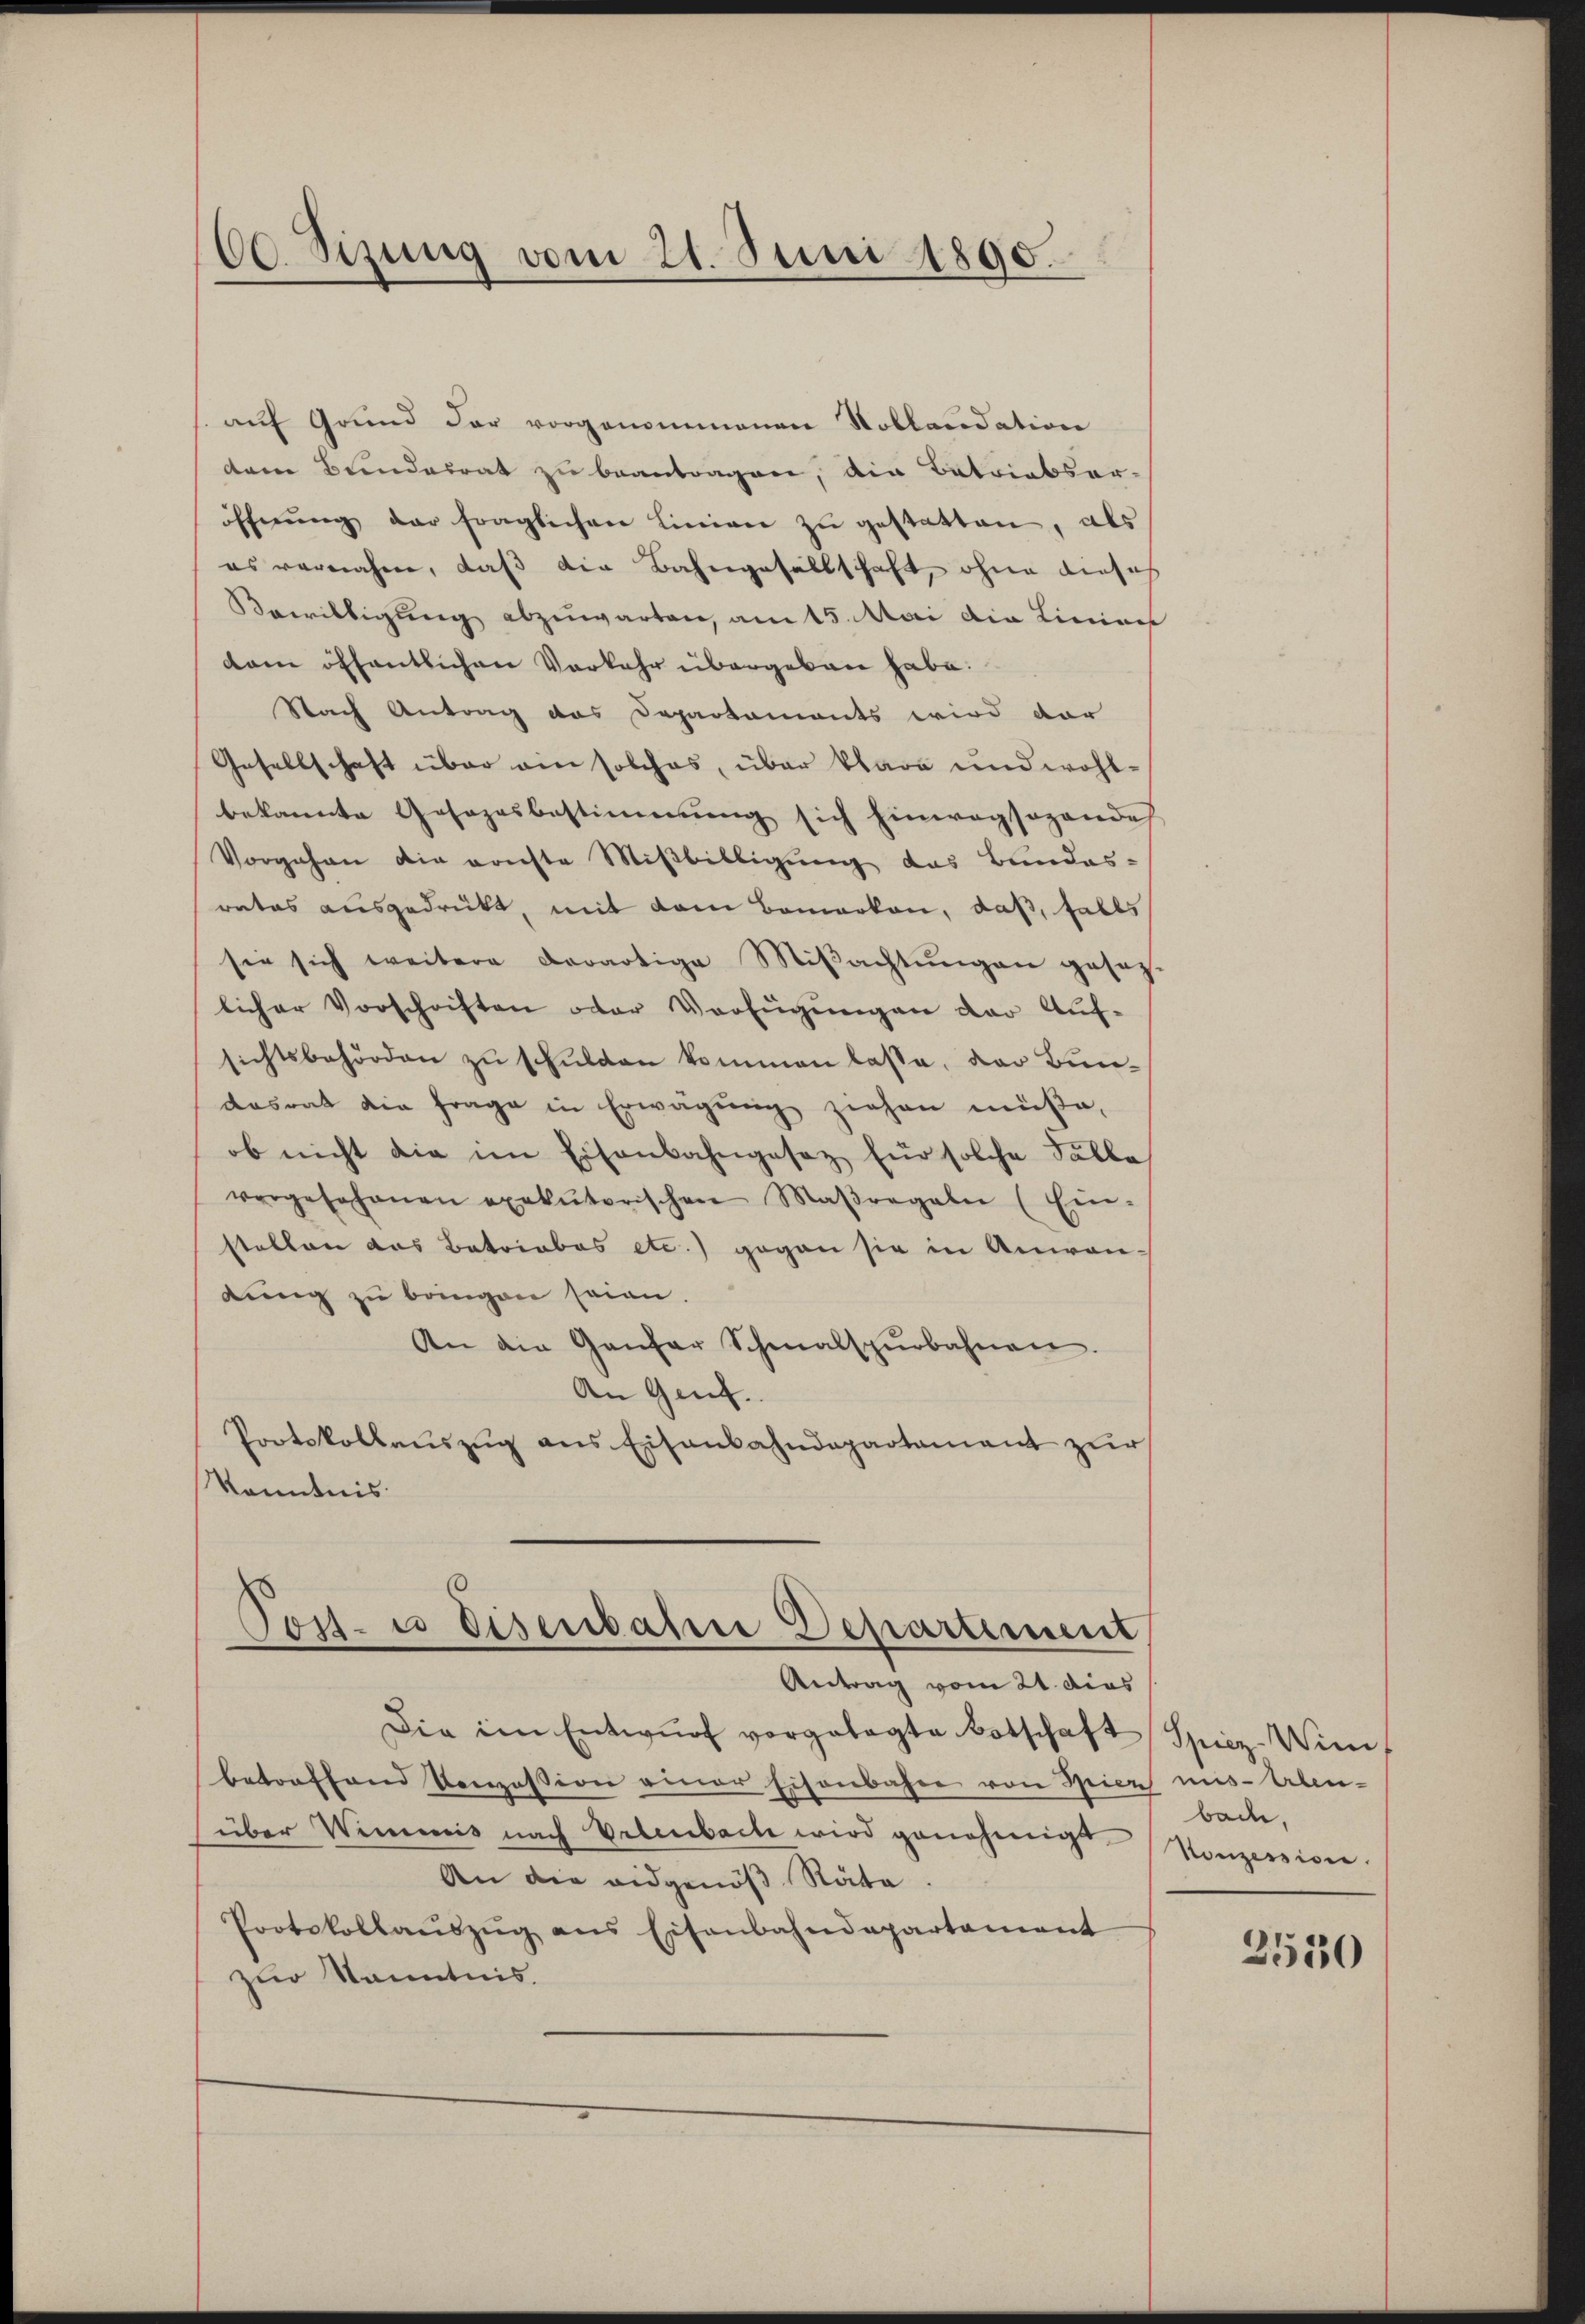
60. Sizung vom 21. Juni 1890.

auf Grund der vorgenommenen Toblandation
dem Bundesrat zu beantragen, die Betriebsar-
öffnŭng der fraglichen Linien zŭ gestatten, als
es vernahme, daß die Bahngesellschaft, ohne dieses
Bewilligung abzuwarten, am 15. Mai die Linien
dam öffentlichen Vorkehr übergeben habe.
Nach Antrag das Departaments wird dar
Gesellschaft über ein solches, über klare und wohlbekannte Gesezesbestimmung sich hinwegsagende
Vorgehen die ernste Mißbilligung das Bundes-
rates ausgedrückt, mit dem Bemerken, daß, falls
sie sich weitere derartige Miβachtŭngen gesez
licher Vorschriften oder Verfügŭngen der Auf-
sichtsbehörden zŭ schŭlden kommen lasse, der Bun-
dasrat die frage in Erwägŭng ziehen müße,
ob nicht die im Eisenbahngesetz für solche Fälle
vergesehenen exekutorischen Maβregaler (Ein-
stellen das Betriebes etc.) gegen sie in Anwendung zu bringen seien.
An die Gantar Schmalspurbahnen.
An Genf.
Portskollaŭszŭg ans Eisenbahndepartament zur
Kenntnis.
Post es Eisenbahn Departement
Antrag vom 21. dies
Die im Entwŭrf vorgelegte Botschaft Spiez-Wint
betreffend Konzession einer Eisenbahne von Hier uns Aben
über Wimmis nach Vrlenbach wird genehmigt,
An die eidgenöβ Räte.
Protokollaŭszŭg ans Eisenbahndepartament
zur Kenntnis.

bad.
Konzession.

2530